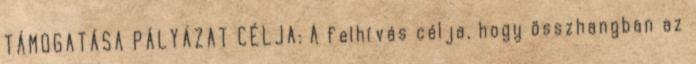
TÁMOGATÁSA PÁLYÁZAT CÉLJA: A felhívás célja, hogy összhangban az